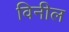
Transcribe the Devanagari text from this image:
विनील